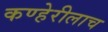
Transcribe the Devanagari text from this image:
कण्हेरीलाच